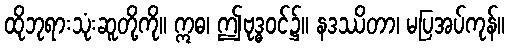
ထိုဘုရားသုံးဆူတို့ကို။ ဣဓ၊ ဤဗုဒ္ဓဝင်၌။ နဒဿိတာ၊ မပြအပ်ကုန်။